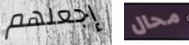
إجعلهم محال